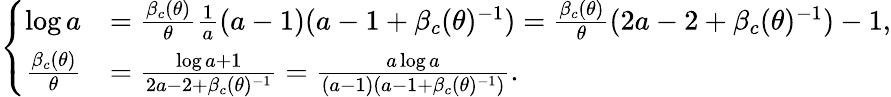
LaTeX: \left\{ \begin{array}{ll}{\log a}&{=\frac{\beta_{c}(\theta)}{\theta}\frac{1}{a}(a-1)(a-1+\beta_{c}(\theta)^{-1})=\frac{\beta_{c}(\theta)}{\theta}(2a-2+\beta_{c}(\theta)^{-1})-1,}\\ {\frac{\beta_{c}(\theta)}{\theta}}&{=\frac{\log a+1}{2a-2+\beta_{c}(\theta)^{-1}}=\frac{a\log a}{(a-1)(a-1+\beta_{c}(\theta)^{-1})}.}\end{array}\right.